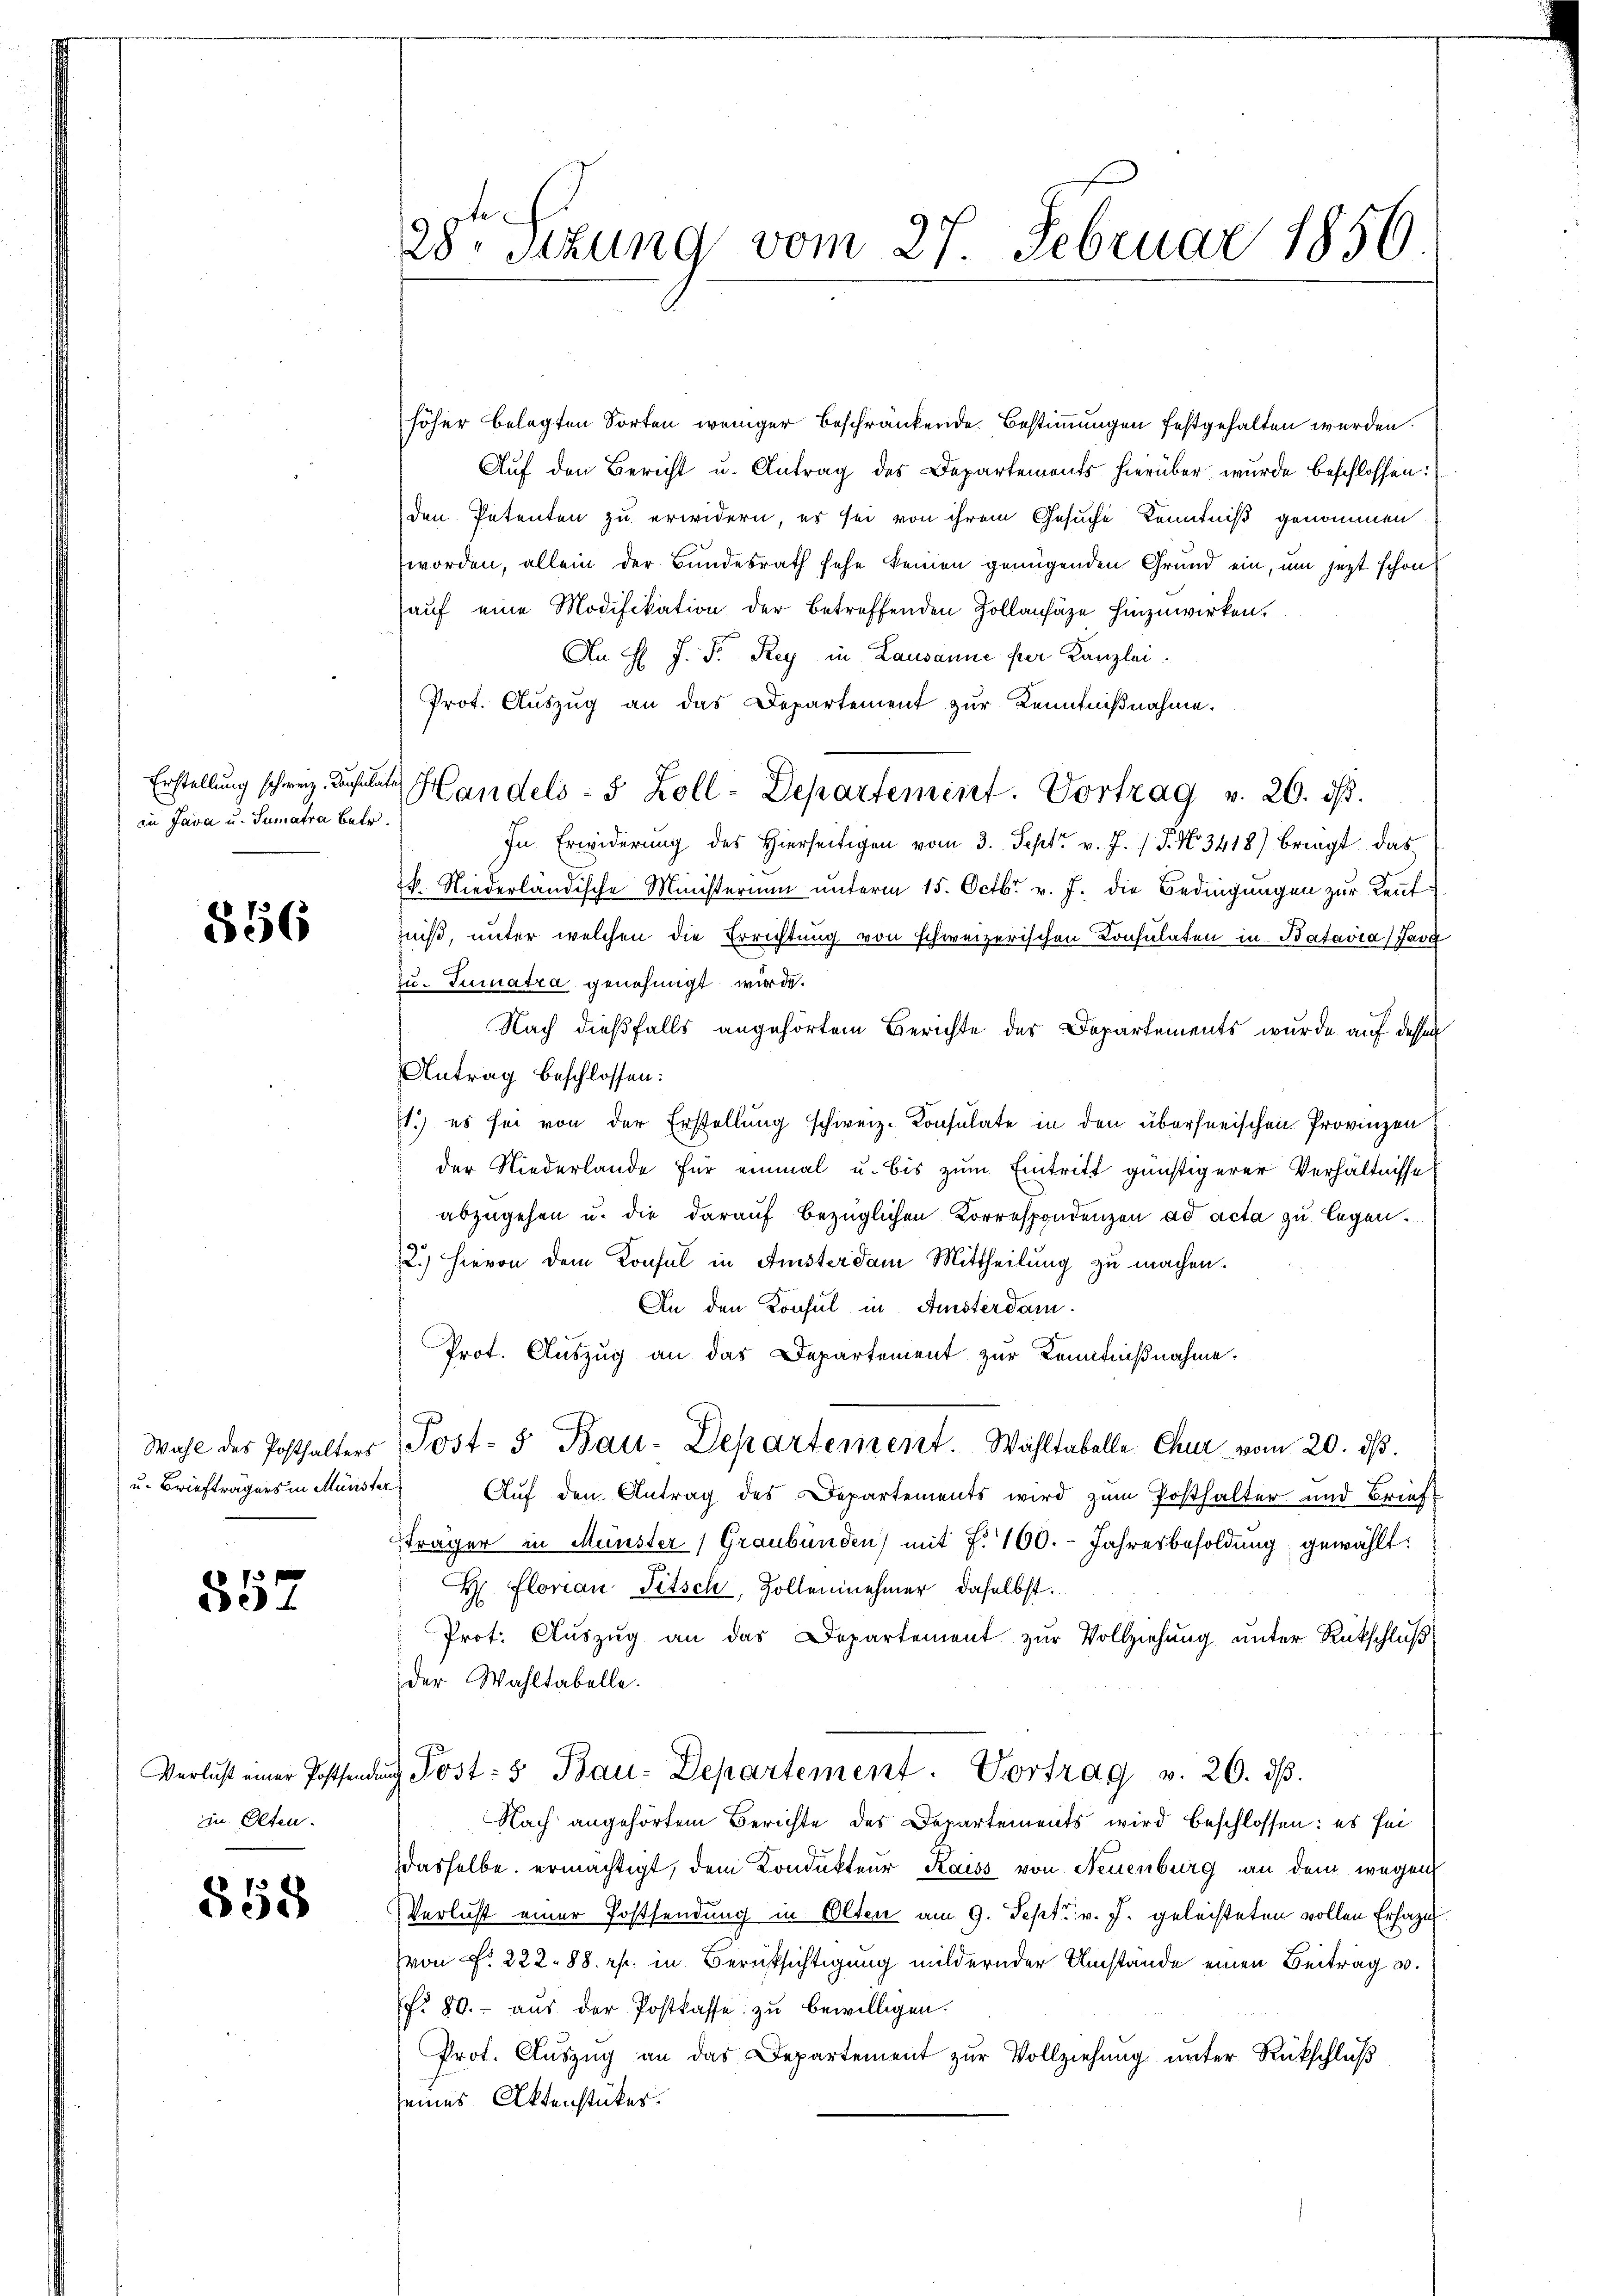
in Java u. Sumatra betr.

856

u. Briefträgers in Münster

357

in Olten.

858

28. Sitzung vom 27. Februar 1856.

höher belegten Sorten weniger beschränkende Bestimmungen festgehalten werden.
Aŭf den Bericht u. Antrag des Departements hierüber wurde beschlossen:
den Petenten zu erwidern, es sei von ihrem Gesuche Kenntniß genommen
worden, allein der Bundesrath sehe keinen genügenden Grund ein, um jezt schon
auf eine Modifikation der betreffenden Zollansäze hinzuwirken.
An H. J. Fr. Rey in Lausanne per Kanzlei.
Prot. Auszug an das Departement zur Kenntnißnahme.
Erstellung schweiz. Resulte Handels- & Zoll-Departement. Vortrag v. 26. dβ.
In Erwiderung des hierseitigen vom 3. Sept. v. J. J. No 3418) bringt das
k. Niederländische Ministerium unterm 15. Octbr. v. J. die Bedingungen zur Leut
iß, unter welchen die Errichtung von schweizerischen Consulaten in Batavia) Java
zu- Tumatra genehmigt wird.
Nach dießfalls angehörtem Berichte des Departements wurde auf dessen
Antrag beschlossen:
1.) es sei von der Erstellung schweiz. Konsulate in den überhanischen Provinzen
der Niederlande für einmal u. bis zum Eintritt günstigerer Verhältnisse
abzugehen u. die darauf bezüglichen Korrespondenzen ad acta zu legen.
2.) Hievon dem Konsul in Anster dem Mittheilung zu machen.
An den Konsul in Fisterdam
Prot. Auszug an das Departement zur Kenntnißnahme.
Wahl des Posthalters Post- 5 Bau-Departement. Wahltabelle Chur vom 20. dβ.
Auf den Antrag des Departements wird zum Posthalter und Brief
sträger in Münster (Graubünden) mit 7. 100.- Jahresbesoldung gewählt:
H Floran Titsch, Zollennehmer, daselbst.
Prot. Auszug an das Departement zur Vollziehung unter Rückschluß
der Wahltabelle.
Verlust einer Postfindung Post- & Bau-Departement. Vortrag v. 26. dβ.
Nach angehörtem Berichte des Departements wird beschlossen: es sei
dasselbe ermächtigt, dem Kondukteur Kaiss von Neuenburg an dem wegen
Verlust einer Postsendung in Olten am 9. Sept. v. J. geleisteten vollen Erhazu
(von Fr. 222. 88. rp. in Berücksichtigung mildernder Umstände einen Beitrag v.
fr. 80. aŭs der Postkasse zu bewilligen.
Prot. Aŭszŭg an das Departement zŭr Vollziehŭng ŭnter Rückschlŭβ
eines Aktenstücker.